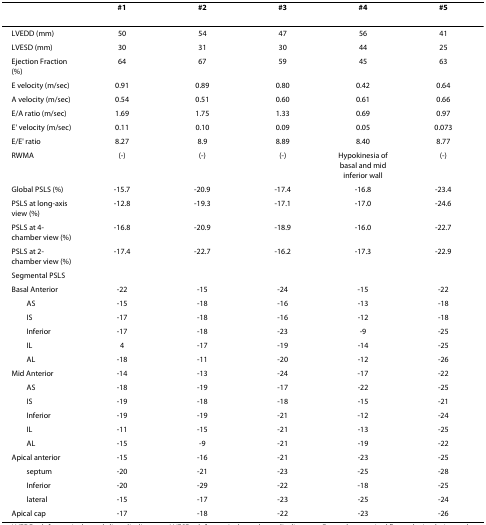
<table><thead><tr><td></td><td><b>#1</b></td><td><b>#2</b></td><td><b>#3</b></td><td><b>#4</b></td><td><b>#5</b></td></tr></thead><tbody><tr><td>LVEDD (mm)</td><td>50</td><td>54</td><td>47</td><td>56</td><td>41</td></tr><tr><td>LVESD (mm)</td><td>30</td><td>31</td><td>30</td><td>44</td><td>25</td></tr><tr><td>Ejection Fraction (%)</td><td>64</td><td>67</td><td>59</td><td>45</td><td>63</td></tr><tr><td>E velocity (m/sec)</td><td>0.91</td><td>0.89</td><td>0.80</td><td>0.42</td><td>0.64</td></tr><tr><td>A velocity (m/sec)</td><td>0.54</td><td>0.51</td><td>0.60</td><td>0.61</td><td>0.66</td></tr><tr><td>E/A ratio (m/sec)</td><td>1.69</td><td>1.75</td><td>1.33</td><td>0.69</td><td>0.97</td></tr><tr><td>E&#x27; velocity (m/sec)</td><td>0.11</td><td>0.10</td><td>0.09</td><td>0.05</td><td>0.073</td></tr><tr><td>E/E&#x27; ratio</td><td>8.27</td><td>8.9</td><td>8.89</td><td>8.40</td><td>8.77</td></tr><tr><td>RWMA</td><td>(-)</td><td>(-)</td><td>(-)</td><td>Hypokinesia of basal and mid inferior wall</td><td>(-)</td></tr><tr><td>Global PSLS (%)</td><td>-15.7</td><td>-20.9</td><td>-17.4</td><td>-16.8</td><td>-23.4</td></tr><tr><td>PSLS at long-axis view (%)</td><td>-12.8</td><td>-19.3</td><td>-17.1</td><td>-17.0</td><td>-24.6</td></tr><tr><td>PSLS at 4-chamber view (%)</td><td>-16.8</td><td>-20.9</td><td>-18.9</td><td>-16.0</td><td>-22.7</td></tr><tr><td>PSLS at 2-chamber view (%)</td><td>-17.4</td><td>-22.7</td><td>-16.2</td><td>-17.3</td><td>-22.9</td></tr><tr><td>Segmental PSLS</td><td></td><td></td><td></td><td></td><td></td></tr><tr><td>Basal Anterior</td><td>-22</td><td>-15</td><td>-24</td><td>-15</td><td>-22</td></tr><tr><td> AS</td><td>-15</td><td>-18</td><td>-16</td><td>-13</td><td>-18</td></tr><tr><td> IS</td><td>-17</td><td>-18</td><td>-16</td><td>-12</td><td>-18</td></tr><tr><td> Inferior</td><td>-17</td><td>-18</td><td>-23</td><td>-9</td><td>-25</td></tr><tr><td> IL</td><td>4</td><td>-17</td><td>-19</td><td>-14</td><td>-25</td></tr><tr><td> AL</td><td>-18</td><td>-11</td><td>-20</td><td>-12</td><td>-26</td></tr><tr><td>Mid Anterior</td><td>-14</td><td>-13</td><td>-24</td><td>-17</td><td>-22</td></tr><tr><td> AS</td><td>-18</td><td>-19</td><td>-17</td><td>-22</td><td>-25</td></tr><tr><td> IS</td><td>-19</td><td>-18</td><td>-18</td><td>-15</td><td>-21</td></tr><tr><td> Inferior</td><td>-19</td><td>-19</td><td>-21</td><td>-12</td><td>-24</td></tr><tr><td> IL</td><td>-11</td><td>-15</td><td>-21</td><td>-13</td><td>-25</td></tr><tr><td> AL</td><td>-15</td><td>-9</td><td>-21</td><td>-19</td><td>-22</td></tr><tr><td>Apical anterior</td><td>-15</td><td>-16</td><td>-21</td><td>-23</td><td>-25</td></tr><tr><td> septum</td><td>-20</td><td>-21</td><td>-23</td><td>-25</td><td>-28</td></tr><tr><td> Inferior</td><td>-20</td><td>-29</td><td>-22</td><td>-18</td><td>-25</td></tr><tr><td> lateral</td><td>-15</td><td>-17</td><td>-23</td><td>-25</td><td>-24</td></tr><tr><td>Apical cap</td><td>-17</td><td>-18</td><td>-22</td><td>-23</td><td>-26</td></tr></tbody></table>